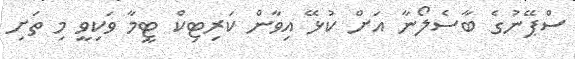
ސްޕޭނުގެ ބާސެލޯނާ އަށް ކުޅޭ އިވާން ކަރިޓިކް ޓީމާ ވަކިވީ މި ތަށި